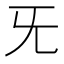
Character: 旡